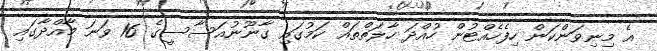
އެ މިނިވަންކަން ހިފެހެއްޓުން ހުއްދަ ހާލަތްތައް ކަމުގައި ގާނޫނުއަސާސީގެ 16 ވަނަ މާއްދާގައި